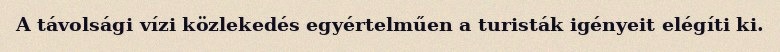
A távolsági vízi közlekedés egyértelműen a turisták igényeit elégíti ki.